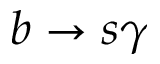
b \to s \gamma